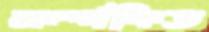
সর্ম্পকিত